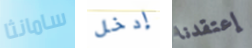
سامانثا إدخل إعتقدنا